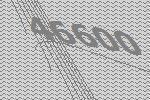
46600